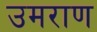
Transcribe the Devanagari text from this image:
उमराण